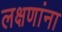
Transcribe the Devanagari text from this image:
लक्षणांना